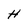
Character: H